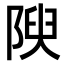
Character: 𨺺